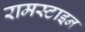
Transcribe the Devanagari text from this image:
रामस्टाइन